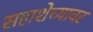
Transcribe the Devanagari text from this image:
सहाशेच्यावर